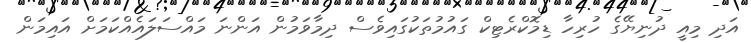
އަދި މިއީ ދުނިޔޭގެ ހުރިހާ ޑިމޮކްރެޓިކް ގައުމުތަކުގައިވެސް ދިމާވަމުން އަންނަ މައްސަލައެއްކަމަށް އައިމަން